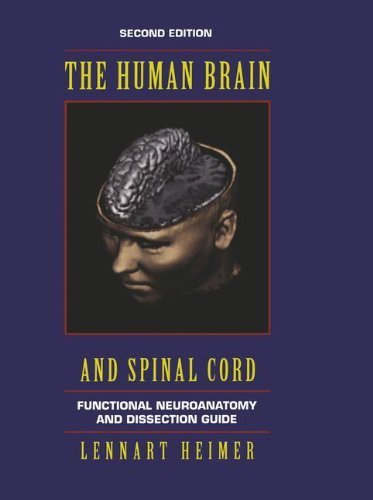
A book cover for The Human Brain and Spinal Cord: Functional Neuroanatomy and Dissection Guide (Computers in Health Care) Paperback December 1, 1994; Lennart Heimer; Medical Books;